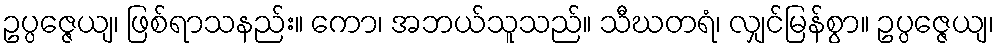
ဥပ္ပဇ္ဇေယျ၊ ဖြစ်ရာသနည်း။ ကော၊ အဘယ်သူသည်။ သီဃတရံ၊ လျှင်မြန်စွာ။ ဥပ္ပဇ္ဇေယျ၊